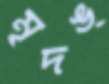
মৃদঙ্